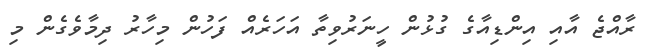
ރާއްޖެ އާއި އިންޑިއާގެ ގުޅުން ހީނަރުވިތާ އަހަރެއް ފަހުން މިހާރު ދިމާވެގެން މި